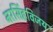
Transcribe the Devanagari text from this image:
नरसिंहविजय